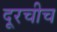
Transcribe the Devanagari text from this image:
दूरचीच